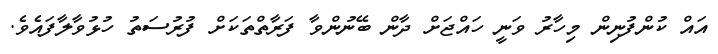
އައް ކުންފުނިން މިހާރު ވަނީ ހައްޖަށް ދާން ބޭނުންވާ ފަރާތްތަކަށް ފުރުސަތު ހުޅުވާލާފައެވެ.